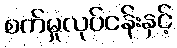
စက်မှုလုပ်ငန်းနှင့်